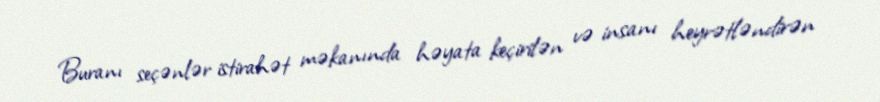
Buranı seçənlər istirahət məkanında həyata keçirilən və insanı heyrətləndirən